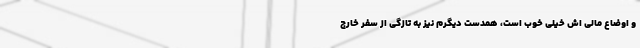
و اوضاع مالی اش خیلی خوب است، همدست دیگرم نیز به تازگی از سفر خارج